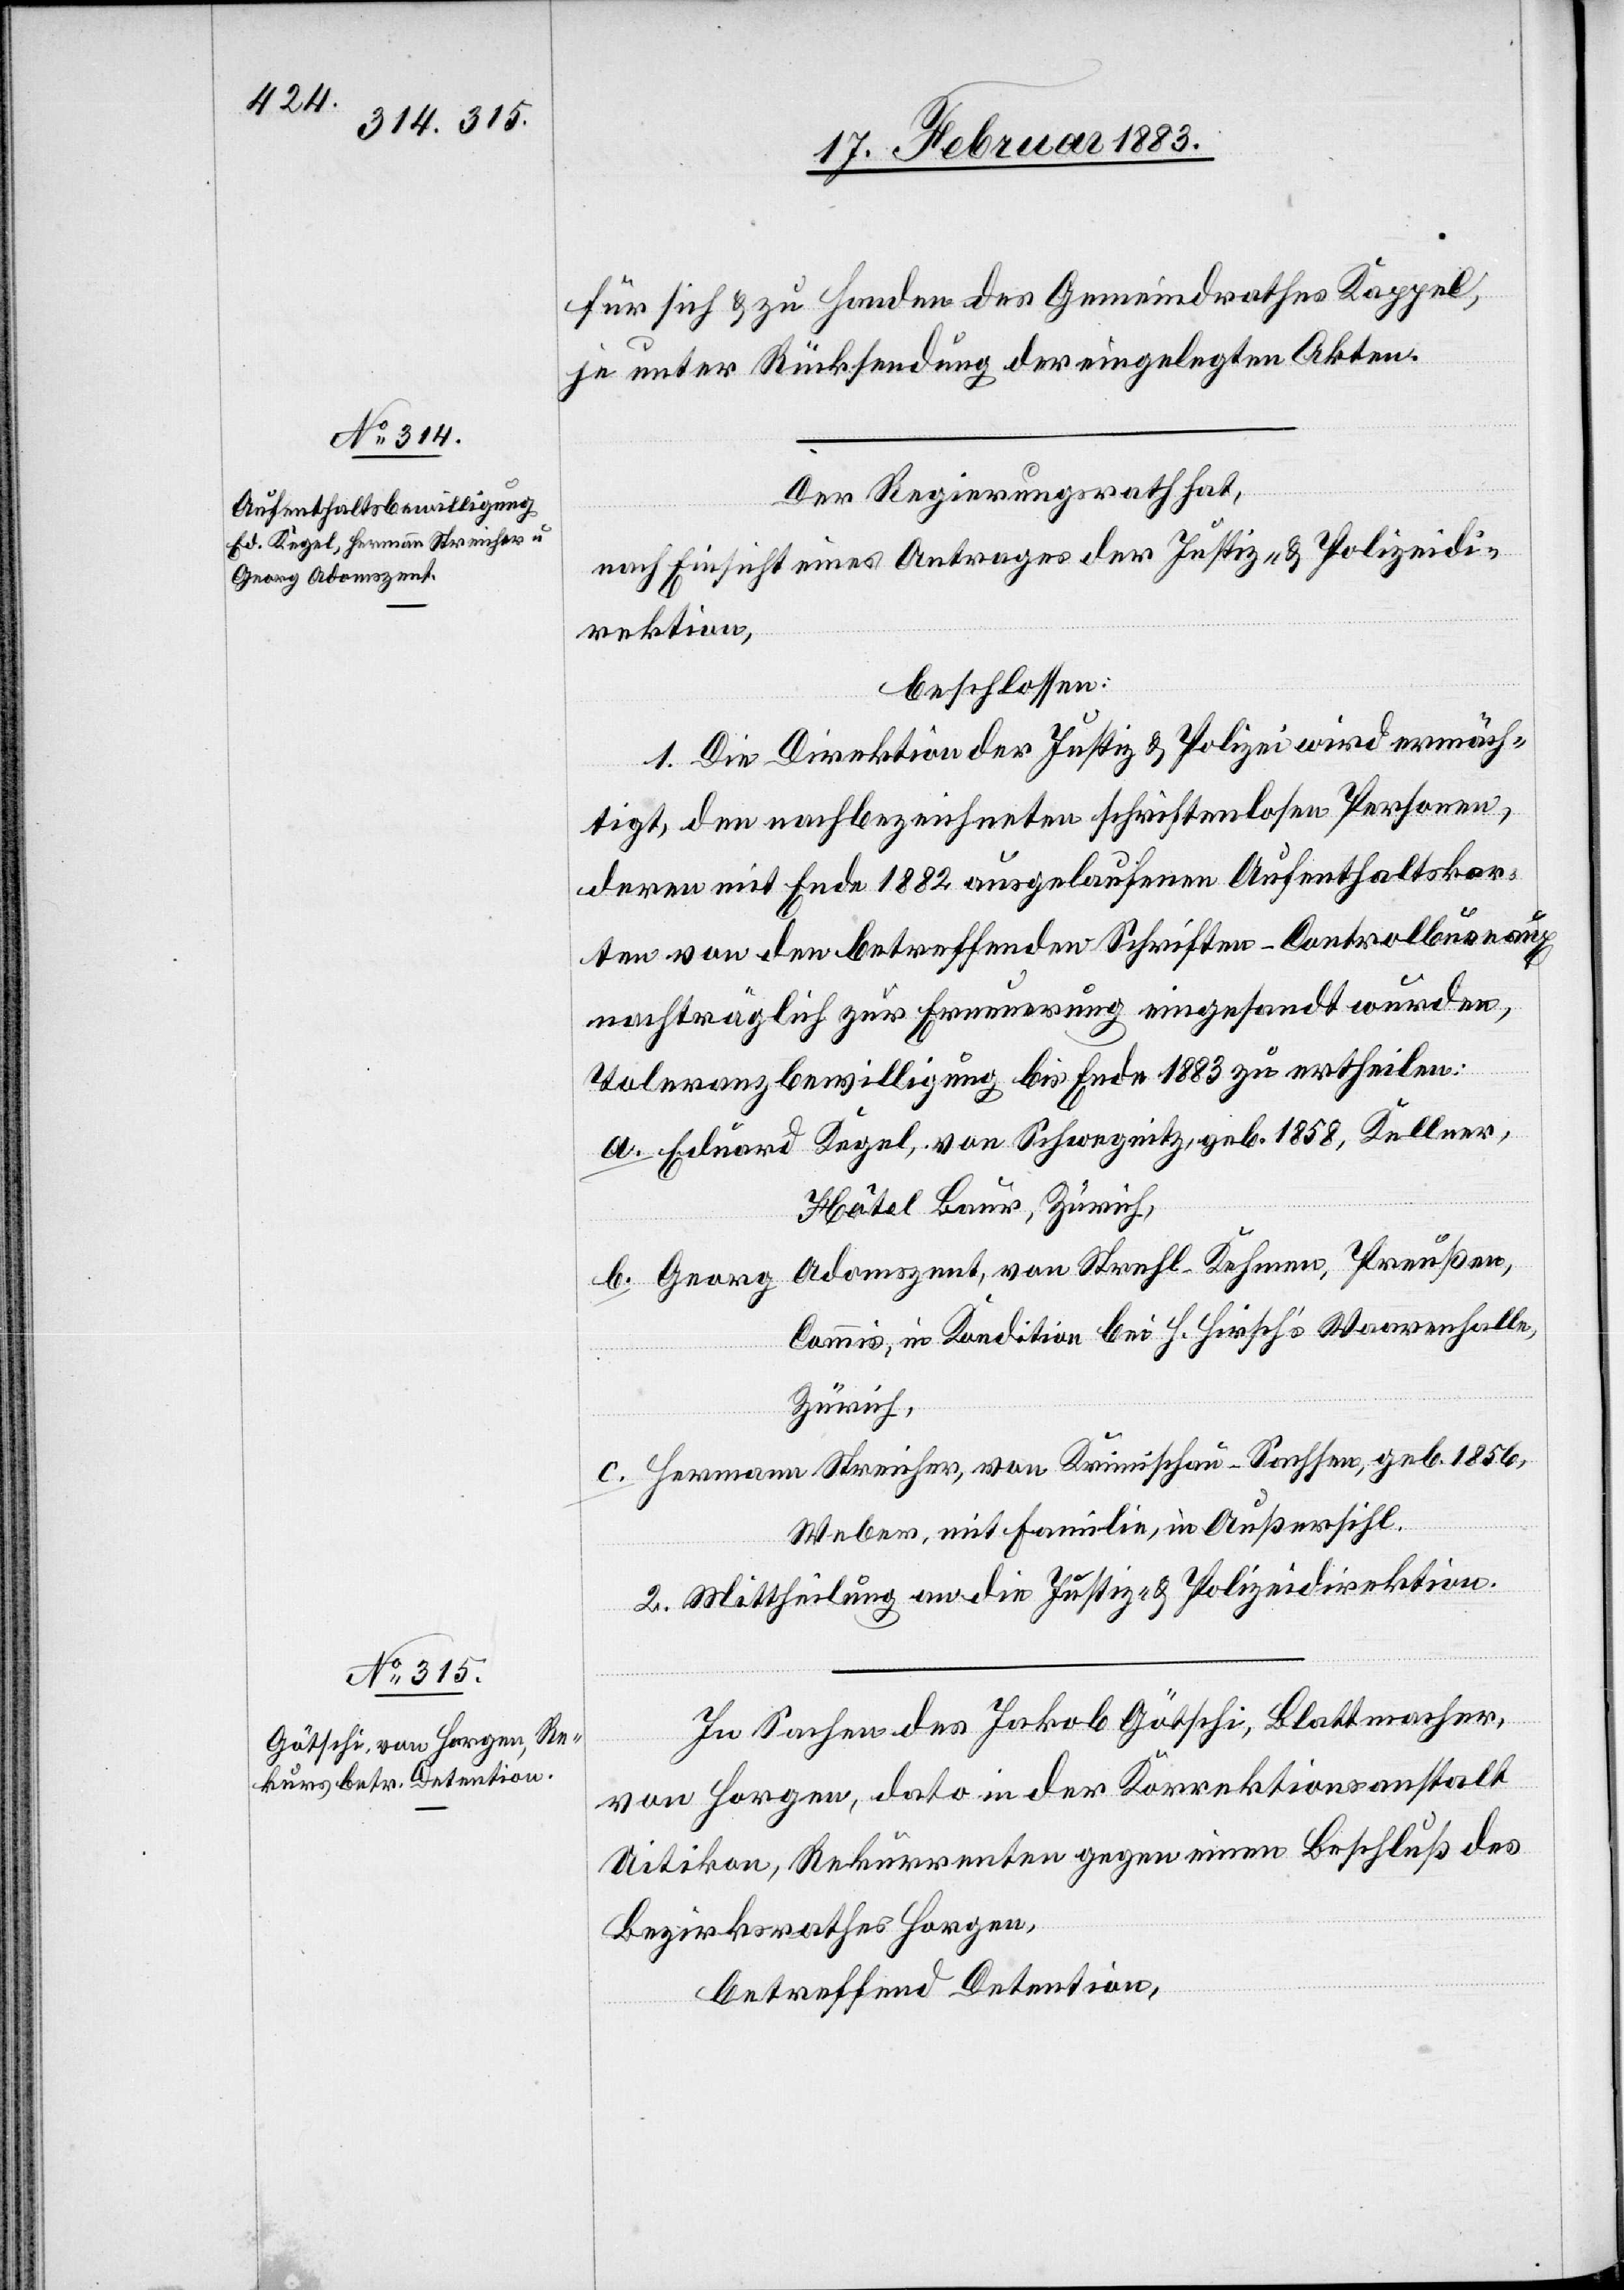
für sich & zu Handen des Gemeindrathes Kappel,
je unter Rücksendung der eingelegten Akten.
Der Regierungsrath hat,
nach Einsicht eines Antrages der Justiz- & Polizeidi¬
rektion,
beschlossen:
1. Die Direktion der Justiz & Polizei wird ermäch¬
tigt, den nachbezeichneten schriftenlosen Personen,
deren mit Ende 1882 ausgelaufenen Aufenthaltskar¬
ten von den betreffenden Schriften-Controlbureaux
nachträglich zur Erneuerung eingesandt wurden,
Toleranzbewilligung bis Ende 1883 zu ertheilen:
a. Eduard Kegel, von Schwegnitz, geb. 1858, Kellner,
Hôtel Baur, Zürich,
b. Georg Adomszent, von Strehl-Kehmen, Preußen,
Commis, in Kondition bei H. Hirschʼs Waarenhalle,
Zürich,
c. Hermann Streicher, von Krimischau - Sachsen, geb. 1856,
Weber, mit Familie, in Außersihl.
2. Mittheilung an die Justiz- & Polizeidirektion.
In Sachen des Jakob Götschi, Blattmacher,
von Horgen, dato in der Korrektionsanstalt
Uitikon, Rekurrenten gegen einen Beschluß des
Bezirksrathes Horgen,
betreffend Detention,